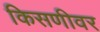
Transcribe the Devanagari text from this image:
किसणीवर